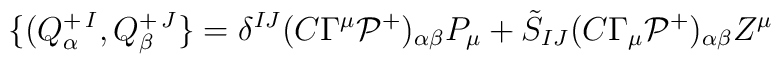
\{(Q^{+\, I}_\alpha,Q^{+\, J}_\beta\} =\delta^{IJ}(C\Gamma^\mu {\cal P}^+)_{\alpha\beta} P_\mu +  \tilde S_{IJ}(C\Gamma_\mu {\cal P}^+)_{\alpha\beta} Z^\mu